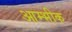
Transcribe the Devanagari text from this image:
आम्भीक